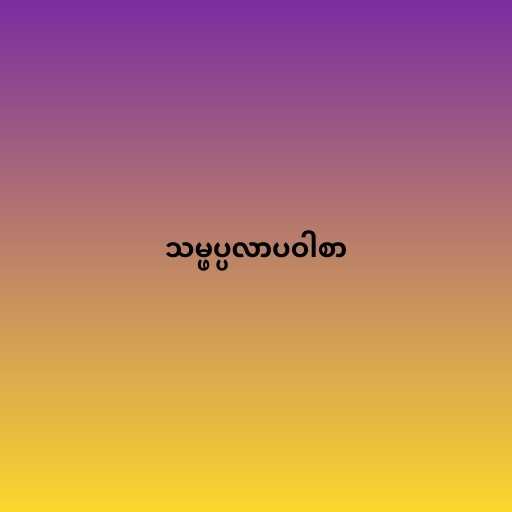
သမ္ဖပ္ပလာပဝါစာ